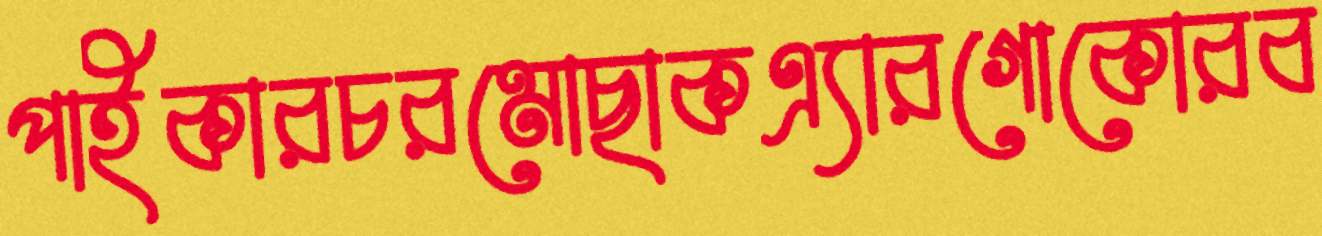
পাইকারচরমোছাকএ্যারগোকোরব